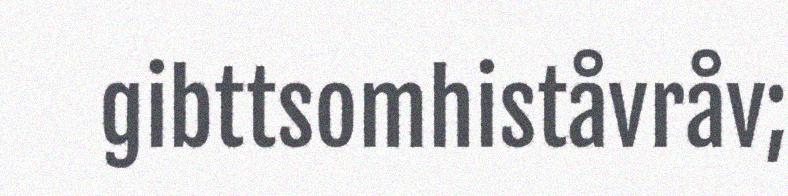
gibttsomhiståvråv;